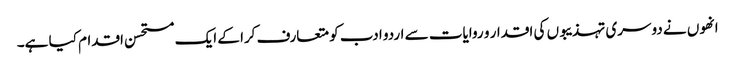
انھوں نے دوسری تہذیبوں کی اقدار و روایات سے اردو ادب کو متعارف کرا کے ایک مستحسن اقدام کیا ہے۔